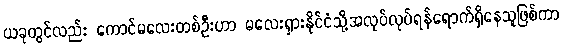
ယခုတွင်လည်း ကောင်မလေးတစ်ဦးဟာ မလေးရှားနိုင်ငံသို့အလုပ်လုပ်ရန်ရောက်ရှိနေသူဖြစ်ကာ